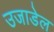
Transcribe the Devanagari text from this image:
उजाडेल